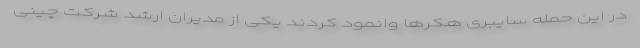
در این حمله سایبری هکرها وانمود کردند یکی از مدیران ارشد شرکت چینی